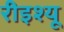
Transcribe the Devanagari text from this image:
रीइश्यू